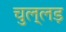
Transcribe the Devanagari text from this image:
चुल्लड़